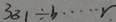
3 3 1 \div b \cdots r